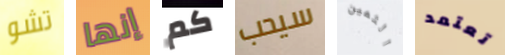
تشو إنها كم سيحب الثمين تعتمد